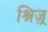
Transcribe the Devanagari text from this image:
श्निज़्र